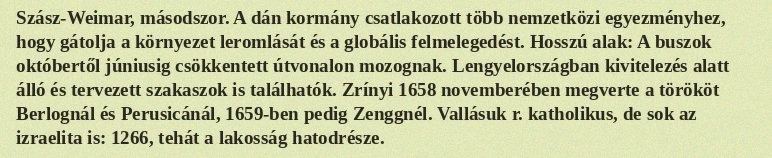
Szász-Weimar, másodszor. A dán kormány csatlakozott több nemzetközi egyezményhez, hogy gátolja a környezet leromlását és a globális felmelegedést. Hosszú alak: A buszok októbertől júniusig csökkentett útvonalon mozognak. Lengyelországban kivitelezés alatt álló és tervezett szakaszok is találhatók. Zrínyi 1658 novemberében megverte a törököt Berlognál és Perusicánál, 1659-ben pedig Zenggnél. Vallásuk r. katholikus, de sok az izraelita is: 1266, tehát a lakosság hatodrésze.